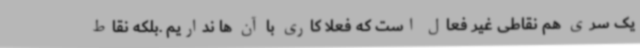
یک سری هم نقاطی غیر فعال است که فعلا کاری با آن ها نداریم .بلکه نقاط